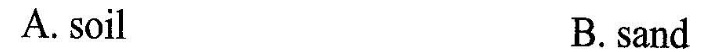
A. soil B.sand